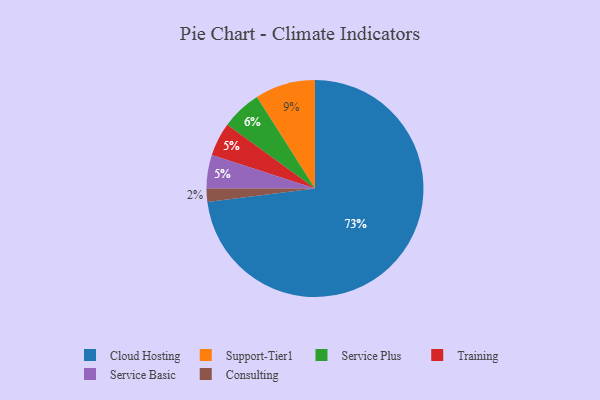
{"axis": {"x": "Category", "y": "Percentage"}, "legend": ["Cloud Hosting", "Consulting", "Service Basic", "Service Plus", "Support-Tier1", "Training"], "data": [{"x": "Cloud Hosting", "y": 73, "type": "Cloud Hosting"}, {"x": "Support-Tier1", "y": 9, "type": "Support-Tier1"}, {"x": "Training", "y": 5, "type": "Training"}, {"x": "Consulting", "y": 2, "type": "Consulting"}, {"x": "Service Plus", "y": 6, "type": "Service Plus"}, {"x": "Service Basic", "y": 5, "type": "Service Basic"}]}